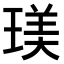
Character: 𤧞